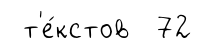
т'е́кстов 72